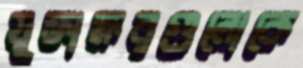
যুক্তাক্ষরগুলোকে